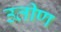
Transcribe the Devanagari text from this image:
उतीण